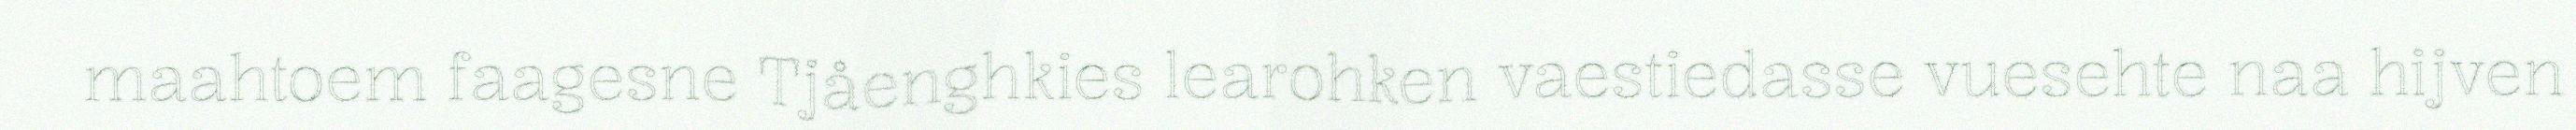
maahtoem faagesne Tjåenghkies learohken vaestiedasse vuesehte naa hijven